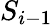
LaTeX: S_{i-1}